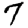
Digit: 7